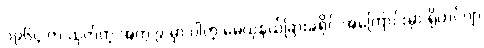
၁၉၆၄ က ထုတ်တဲ့ အတွဲ ၉ မှာ ပါတဲ့ မေယုနယ်ခြားခရိုင် အကြောင်းမှာ ရိုဟင်ဂျာ